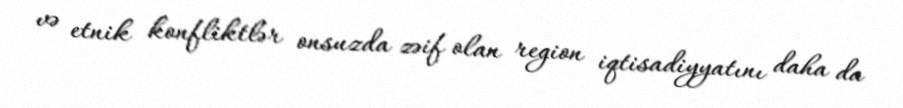
və etnik konfliktlər onsuzda zəif olan region iqtisadiyyatını daha da